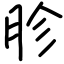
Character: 胗